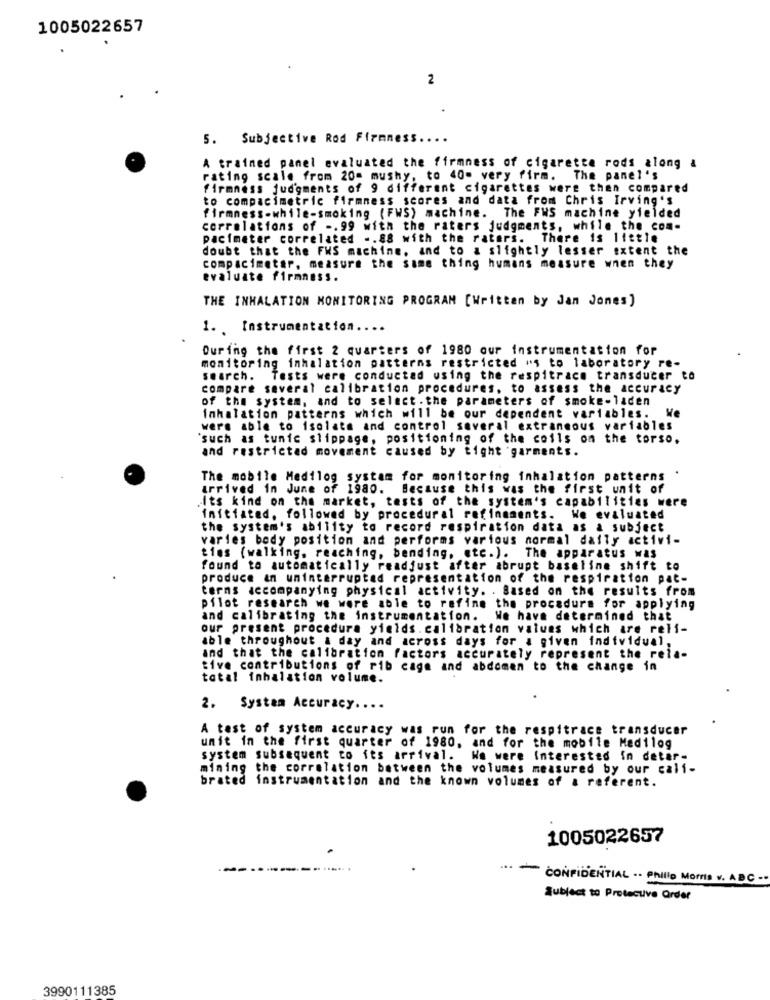
1005022657
2
5. Subjective Rod Firmness.
A trained panel evaluated the firmness of cigarette rods along a
rating scale from 20- mushy, to 40- very firm. The panel's
firmness judgments of 9 different cigarettes were then compared
to compacimetric firmness scores and data from Chris Irving's
firmness-while-smoking (FWS) machine. The FWS machine yielded
correlations of -. 99 with the raters judgments, while the com-
pacimeter correlated -. 88 with the raters. There is little
doubt that the FWS machine, and to a slightly lesser extent the
compacimetar, measure the same thing humans measure wnen they
evaluate firmness.
THE INHALATION MONITORING PROGRAM [Written by Jan Jones]
1. Instrumentation ....
During the first 2 quarters of 1980 our instrumentation for
monitoring inhalation patterns restricted "s to laboratory re-
search. Tests were conducted using the respitrace transducer to
compare several calibration procedures, to assess the accuracy
of the system, and to select . the parameters of smoke-laden
Inhalation patterns which will be our dependent variables. We
were able to isolate and control several extraneous variables
'such as tunic slippage, positioning of the coils on the torso.
and restricted movement caused by tight garments.
.
The mobile Medilog systam for monitoring inhalation patterns
arrived in June of 1980. Because this was the first unit of
Its kind on the market, tests of the system's capabilities were
initiated, followed by procedural refinaments. We evaluated
the system's ability to record respiration data as a subject
varies body position and performs various normal daily activi-
ties (walking. reaching, bending, etc.). The apparatus was
found to automatically readjust after abrupt baseline shift to
produce an uninterrupted representation of the respiration pat-
terms accompanying physical activity. . Based on the results from
pilot research we were able to refine the procedure for applying
and calibrating the instrumentation. We have determined that
our present procedura yields. calibration values which are reli-
able throughout a day and across days for a given individual,
and that the calibration factors accurately represent the reia-
tive contributions of rib cage and abdomen to the change in
total inhalation volume.
2. System Accuracy.
A test of system accuracy was run for the respitrace transducer
unit in the first quarter of 1980, and for the mobile Medilog
system subsequent to its arrival. We were Interested in detar-
mining the correlation between the volumes measured by our cali-
brated instrumentation and the known volumes of a referent.
1005022657
... - CONFIDENTIAL .. Philla Mora v. ABC -.
Subject to Protecuve Order
3990111385